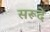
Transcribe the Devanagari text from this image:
सरूदे